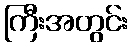
ကြီးအတွင်း